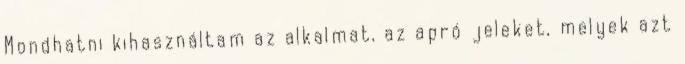
Mondhatni kihasználtam az alkalmat, az apró jeleket, melyek azt